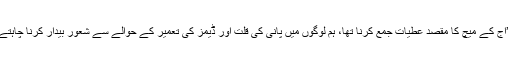
وفاقی وزیر اطلاعات فواد چوہدری کا کہنا تھا کہ ’آج کے میچ کا مقصد عطیات جمع کرنا تھا، ہم لوگوں میں پانی کی قلت اور ڈیمز کی تعمیر کے حوالے سے شعور بیدار کرنا چاہتے ہیں تاکہ معاشرے کو سب مل کر محفوظ بنائیں‘۔